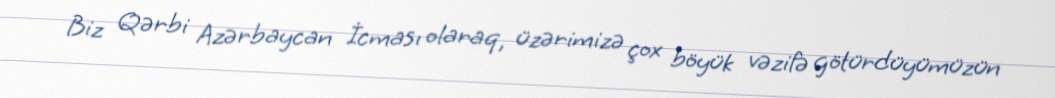
Biz Qərbi Azərbaycan İcması olaraq, üzərimizə çox böyük vəzifə götürdüyümüzün